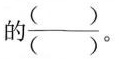
的\frac{( )}{( )}。